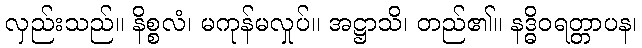
လှည်းသည်။ နိစ္စလံ၊ မကုန်မလှုပ်။ အဋ္ဌာသိ၊ တည်၏။ နဒ္ဓိဝရတ္တာပန၊